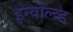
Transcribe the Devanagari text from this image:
इन्वोल्व्ड